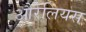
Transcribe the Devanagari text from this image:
औरेलियस